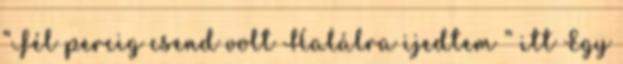
“Fél percig csend volt Halálra ijedtem ” itt Egy